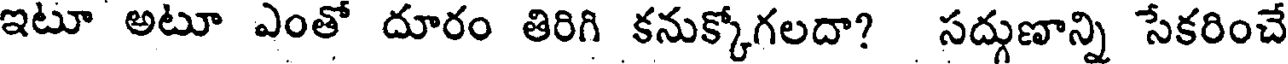
ఇటూ అటూ ఎంతో దూరం తిరిగి కనుక్కోగలదా? సద్గుణాన్ని సేకరించే